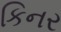
કિનર